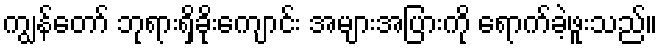
ကျွန်တော် ဘုရားရှိခိုးကျောင်း အများအပြားကို ရောက်ခဲ့ဖူးသည်။